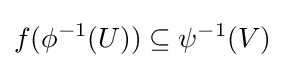
f(\phi ^{-1}(U))\subseteq \psi ^{-1}(V)